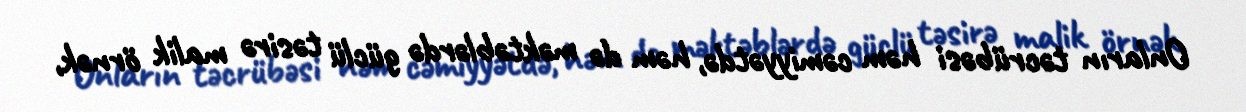
Onların təcrübəsi həm cəmiyyətdə, həm də məktəblərdə güclü təsirə malik örnək,